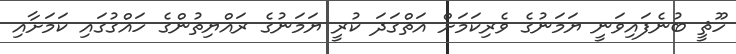
ހޫޘީ ބުނެފައިވަނީ ޔަމަނުގެ ވެރިކަމަށް އަތްގަދަ ކުރީ ޔަމަނުގެ ރައްޔިތުންގެ ހައްގުގައި ކަމަށާއި